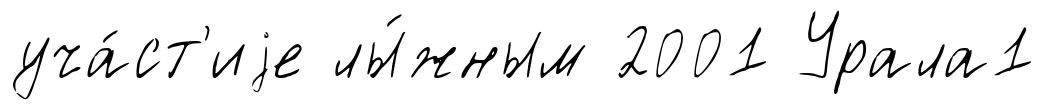
уча́ст'иjе лы́жным 2001 Урала1